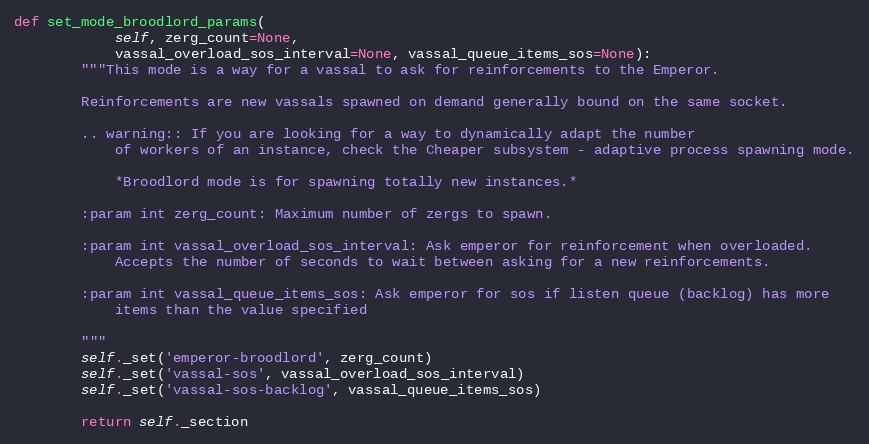
Language: Python
def set_mode_broodlord_params(
            self, zerg_count=None,
            vassal_overload_sos_interval=None, vassal_queue_items_sos=None):
        """This mode is a way for a vassal to ask for reinforcements to the Emperor.

        Reinforcements are new vassals spawned on demand generally bound on the same socket.

        .. warning:: If you are looking for a way to dynamically adapt the number
            of workers of an instance, check the Cheaper subsystem - adaptive process spawning mode.

            *Broodlord mode is for spawning totally new instances.*

        :param int zerg_count: Maximum number of zergs to spawn.

        :param int vassal_overload_sos_interval: Ask emperor for reinforcement when overloaded.
            Accepts the number of seconds to wait between asking for a new reinforcements.

        :param int vassal_queue_items_sos: Ask emperor for sos if listen queue (backlog) has more
            items than the value specified

        """
        self._set('emperor-broodlord', zerg_count)
        self._set('vassal-sos', vassal_overload_sos_interval)
        self._set('vassal-sos-backlog', vassal_queue_items_sos)

        return self._section